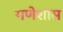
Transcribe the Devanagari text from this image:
गणेशास